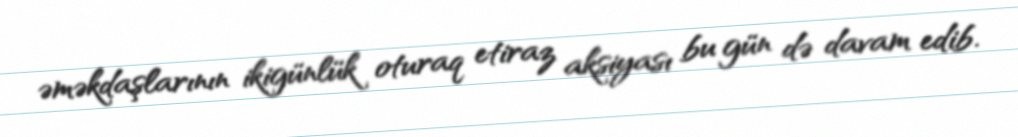
əməkdaşlarının ikigünlük oturaq etiraz aksiyası bu gün də davam edib.